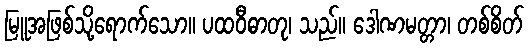
မြူအဖြစ်သို့ရောက်သော။ ပထဝီဓာတု၊ သည်။ ဒေါဏမတ္တာ၊ တစ်စိတ်